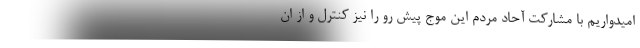
امیدواریم با مشارکت آحاد مردم این موج پیش رو را نیز کنترل و از ان